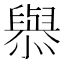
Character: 𢣟